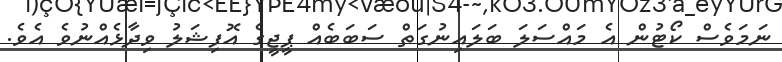
ނަމަވެސް ކޯޓުން އެ މައްސަލަ ބަލައިނުގަތް ސަބަބެއް ޕީޖީގެ އޮފިޝަލު ވިދާޅެއްނުވެ އެވެ.